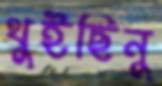
থুইছিনু